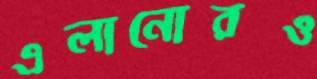
এলানোরও